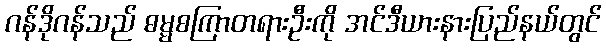
ဂန်ဒိုဂန်သည် ဓမ္မစကြာတရားဦးကို အင်ဒီယားနားပြည်နယ်တွင်